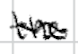
Text: the
Cross-out: mix
Writing tool: digital_black